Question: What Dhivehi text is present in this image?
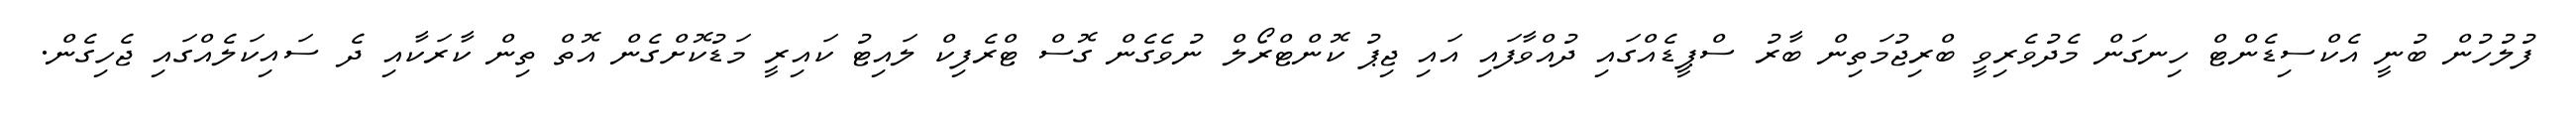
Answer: ފުލުހުން ބުނީ އެކްސިޑެންޓް ހިނގަން މެދުވެރިވީ ބްރިޖުމަތިން ބާރު ސްޕީޑެއްގައި ދުއްވާފައި އައި ޖިޕު ކޮންޓްރޯލް ނުވެގެން ގޮސް ޓްރެފިކް ލައިޓު ކައިރީ މަޑުކޮށްގެން އޮތް ތިން ކާރަކާއި ދެ ސައިކަލެއްގައި ޖެހިގެން.